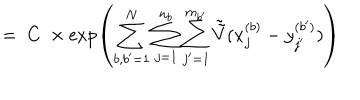
= \; C \; \times \exp \left( \sum _ { b , b ^ { \prime } = 1 } ^ { N } \sum _ { j = 1 } ^ { n _ { b } } \sum _ { j ^ { \prime } = 1 } ^ { m _ { b ^ { \prime } } } \tilde { \tilde { V } } ( x _ { j } ^ { ( b ) } - y _ { j ^ { \prime } } ^ { ( b ^ { \prime } ) } ) \right)